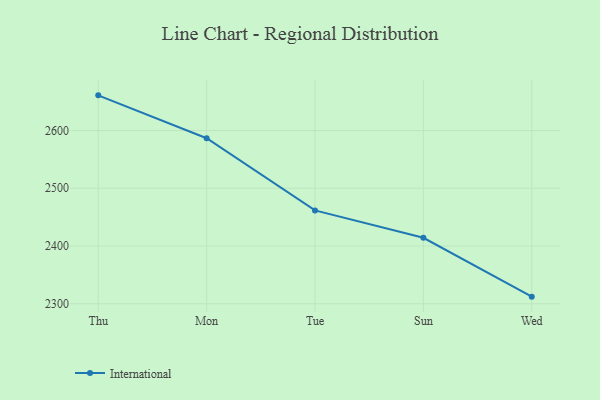
{"axis": {"x": "Day", "y": "Active Users"}, "legend": ["International"], "data": [{"x": "Thu", "y": 2660.9, "type": "International"}, {"x": "Mon", "y": 2586.6, "type": "International"}, {"x": "Tue", "y": 2461.6, "type": "International"}, {"x": "Sun", "y": 2414.3, "type": "International"}, {"x": "Wed", "y": 2312.3, "type": "International"}]}